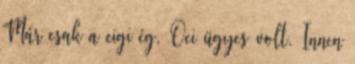
Már csak a cigi ég, Oci ügyes volt. Innen